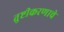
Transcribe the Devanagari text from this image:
तुष्टीकरणाचे